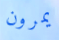
يمرون